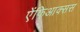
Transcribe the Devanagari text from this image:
ऐंफिआक्सस